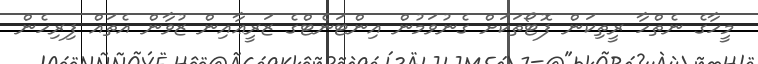
މީހާގެ ނެތްހާ ރީތިކަން ފޮޓޯތަކަށް ގެނުވަމުން އިންޓަނެޓްގެ ޒަރީޢާއިން ޒުވާން އެތައް ފިރިހެން